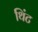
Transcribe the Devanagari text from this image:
थिंट